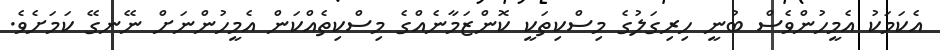
އެކަމަކު އެމީހުންވެސް ބުނީ ހިރިގަލުގެ މިސްކިތަކީ ކޮންޒަމާނެއްގެ މިސްކިތެއްކަން އެމީހުންނަށް ނޭނގޭ ކަމަށެވެ.